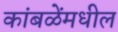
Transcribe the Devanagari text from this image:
कांबळेंमधील